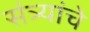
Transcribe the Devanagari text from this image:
संत्र्यांचे